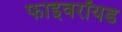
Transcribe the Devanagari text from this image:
फाइवरॉयड